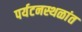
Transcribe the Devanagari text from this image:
पर्यटनस्थळांत